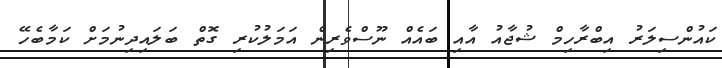
ކައުންސިލަރު އިބްރާހިމް ޝުޖާއު އާއި ބައެއް ނޫސްވެރިން އަމަލުކުރި ގޮތް ބަލައިދިނުމަށް ކަމާބެހޭ